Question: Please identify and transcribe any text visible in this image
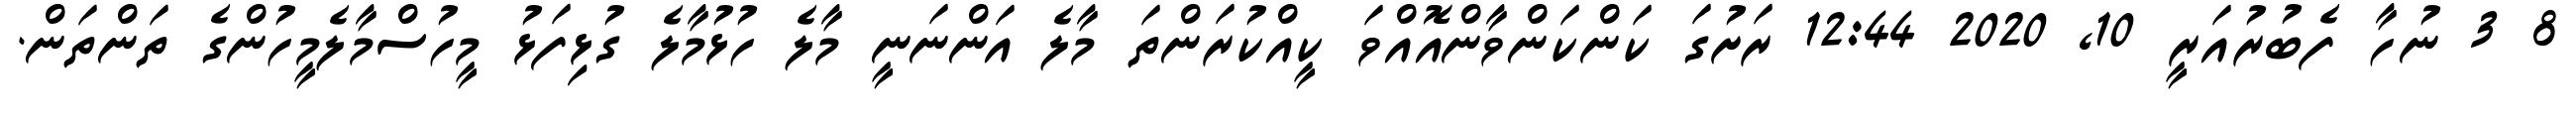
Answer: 8 3 ނުހާ ފެބުރުއަރީ 10, 2020 12:44 ރަށުގަ ކަންކަންވާންއޮއްވަ ކީއްކުރަންތަ މާލެ އަންނަނީ މާލެ ހުޅުމާލެ ގުޅިފަޅު މީހުސްމާލެމީހުންގެ ތަންތަން.